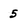
Character: 5